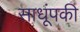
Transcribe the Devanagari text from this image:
साधूंपकी